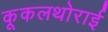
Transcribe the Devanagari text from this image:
कूकलथोराई